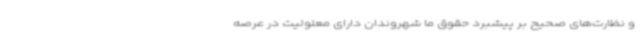
و نظارت‌های صحیح بر پیشبرد حقوق ما شهروندان دارای معلولیت در عرصه